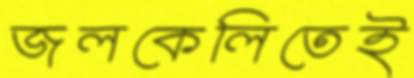
জলকেলিতেই